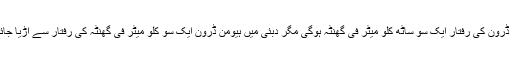
ہیومن ڈرون کی رفتار ایک سو ساٹھ کلو میٹر فی گھنٹہ ہوگی مگر دبئی میں ہیومن ڈرون ایک سو کلو میٹر فی گھنٹہ کی رفتار سے آڑیا جائے گا۔